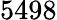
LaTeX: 5498